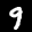
Label: 9